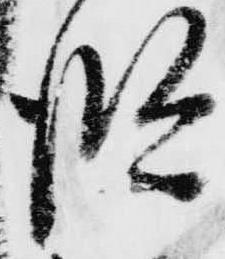
段